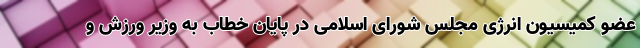
عضو کمیسیون انرژی مجلس شورای اسلامی در پایان خطاب به وزیر ورزش و